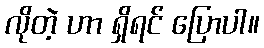
လိုတဲ့ ဟာ ရှိရင် ပြောပါ။